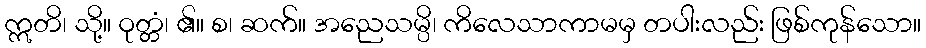
ဣတိ၊ သို့။ ဝုတ္တံ၊ ၏။ စ၊ ဆက်။ အညေသမ္ပိ၊ ကိလေသာကာမမှ တပါးလည်း ဖြစ်ကုန်သော။